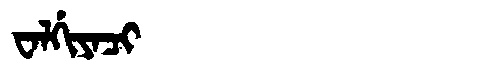
Manchu: ᠸᠠᠯᡤᡳᠶᠠᠴᡳ
Romanization: WALGIYACI